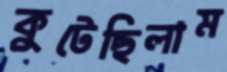
কুটেছিলাম